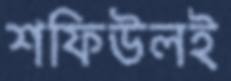
শফিউলই